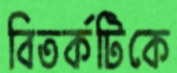
বিতর্কটিকে